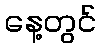
နေ့တွင်